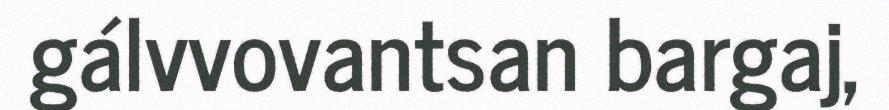
gálvvovantsan bargaj,